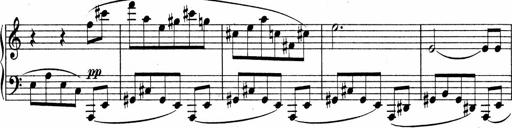
Title: Sonatina No.4
Composer: Abram Kimmell
Key: E minor